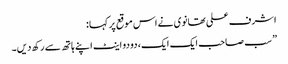
اشرف علی تھانوی نے اس موقع پر کہا :
” سب صاحب ایک ایک، دو دو اینٹ اپنے ہاتھ سے رکھ دیں۔